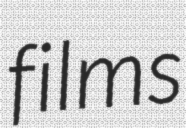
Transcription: films